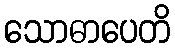
သောဓာပေတိ